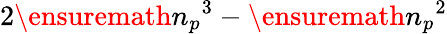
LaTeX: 2\ensuremath{n_{p}}^{3}-\ensuremath{n_{p}}^{2}